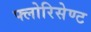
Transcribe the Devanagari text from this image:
फ्लोरिसेण्ट